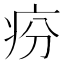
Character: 𤵇